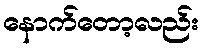
နောက်တော့လည်း